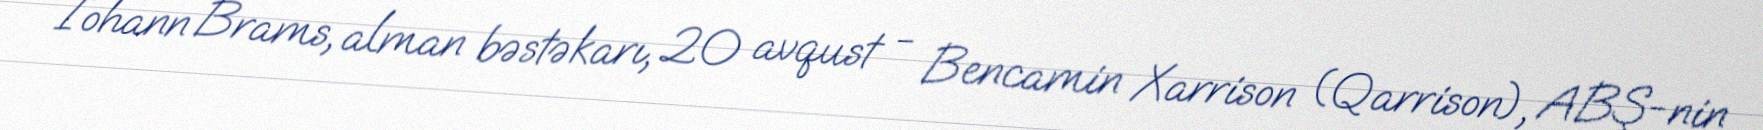
İohann Brams, alman bəstəkarı, 20 avqust - Bencamin Xarrison (Qarrison), ABŞ-nin